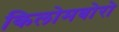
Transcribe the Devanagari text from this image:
किलोमबोरो